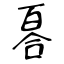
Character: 𠷡